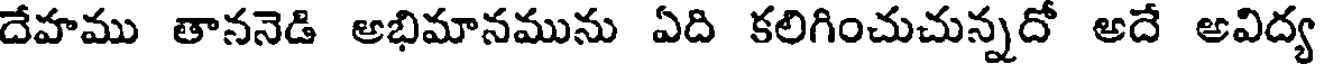
దేహము తాననెడి అభిమానమును ఏది కలిగించుచున్నదో అదే అవిద్య